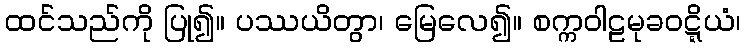
ထင်သည်ကို ပြု၍။ ပဿယိတွာ၊ မြေလေ၍။ စက္ကဝါဠမုခဝဋ္ဋိယံ၊